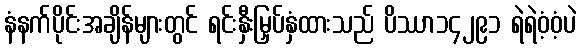
နံနက်ပိုင်းအချိန်များတွင် ရင်းနှီးမြှပ်နှံထားသည် ပိဿာ၁၄၂၉၁ ရဲရဲဝံ့ဝံ့ပဲ